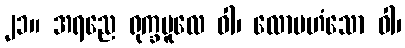
၂၁။ အရညေ ရုက္ခမူလေ ဝါ၊ လောမဟံသော ဝါ၊